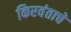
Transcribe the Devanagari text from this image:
किरवंताचे